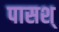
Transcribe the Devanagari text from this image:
पासश्